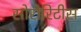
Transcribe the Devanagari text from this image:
सोरोरिटीस